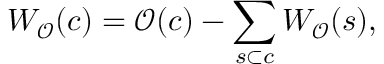
W _ { \mathcal { O } } ( c ) = \mathcal { O } ( c ) - \sum _ { s \subset c } W _ { \mathcal { O } } ( s ) ,